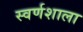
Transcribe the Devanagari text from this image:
स्वर्णशाला